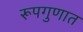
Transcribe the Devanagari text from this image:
रूपगुणात